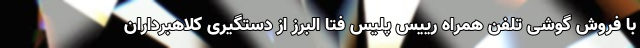
با فروش گوشی تلفن همراه رییس پلیس فتا البرز از دستگیری کلاهبرداران